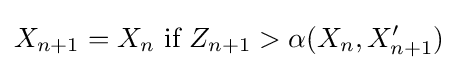
X_{n+1}=X_{n}{\text{ if }}Z_{n+1}>\alpha (X_{n},X'_{n+1})